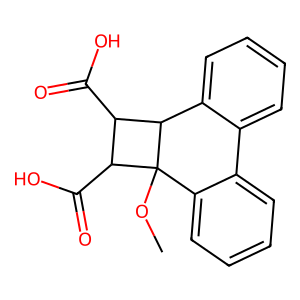
SMILES: COC12c3ccccc3-c3ccccc3C1C(C(=O)O)C2C(=O)O
Inhibits HIV replication: No